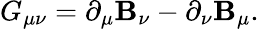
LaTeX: G_{\mu\nu}=\partial_{\mu}\mathbf{B}_{\nu}-\partial_{\nu}\mathbf{B}_{\mu}.